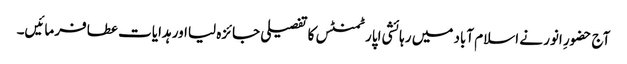
آج حضورِ انور نے اسلام آباد میں رہائشی اپارٹمنٹس کا تفصیلی جائزہ لیااور ہدایات عطا فرمائیں۔